Insane asylums in Bengal annual reports 1867-1875 - 1867-1875
Year: 1867
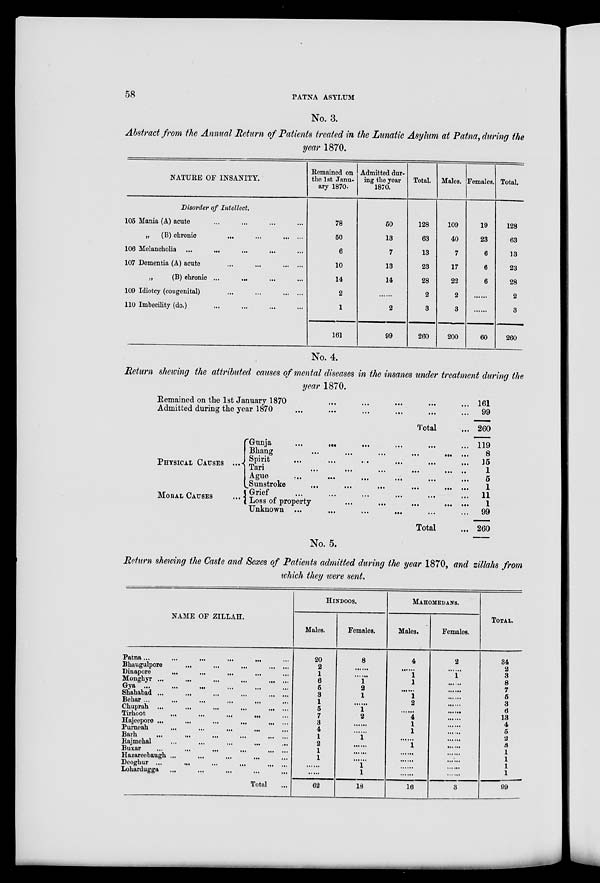
58
PATNA ASYLUM
No. 3.
Abstract from the Annual Return of Patients treated in the Lunatic Asylum at Patna, during the
year 1870.
NATURE OF INSANITY.
Disorder of Intellect.
105 Mania (A) acute ... ... ... ...
„
(B) chronic
...
...
...
...
106 Melancholia ... ... ... ... ...
107 Dementia (A) acute
...
...
...
...
„
(B) chronic ... ... ... ... ...
109 Idiotcy (congenital)
...
...
...
...
110 Imbecility (do.) ... ... ... ...
Remained on
the 1st Janu-
ary 1870.
78
50
6
10
14
2
1
161
Admitted dur-
ing the year
1870.
50
13
7
13
14
......
2
99
Total.
128
63
13
23
28
2
3
260
Males.
109
40
7
17
22
2
3
200
Females.
19
23
6
6
6
.....
......
60
Total.
128
63
13
23
28
2
3
260
No. 4.
Return showing the attributed causes of mental diseases in the insanes under treatment during the
year 1870.
Remained on the 1st January 1870 ... ... ... ... ...
Admitted during the year 1870 ... ... ... ... ...
Total ...
PHYSICAL CAUSES ...
MORAL CAUSES ...
Gunja ... ... ... ... ... ... ...
Bhang
...
...
...
...
...
...
...
Spirit ... ... ... ... ... ... ...
Tari
...
...
...
...
...
...
...
Ague
...
...
...
...
...
...
...
Sunstroke ... ... ... ... ... ... ...
Grief
...
...
...
...
...
...
...
Loss of property ... ... ... ... ... ...
Unknown ... ... ... ... ... ... ...
Total ...
161
99
260
119
8
15
1
5
1
11
1
99
260
No. 5.
Return shewing the Caste and Sexes of Patients admitted during the year 1870, and zillahs from
which they were sent.
NAME OF ZILLAH.
Patna ... ... ... ... ... ... ... ...
Bhaugulpore
...
...
...
...
...
...
...
Dinapore ... ... ... ... ... ... ...
Monghyr ...
...
...
...
...
...
Gya
...
...
...
...
...
...
...
...
...
Shahabad ...
...
...
...
...
...
Behar ... ... ... ... ... ... ... ...
Chuprah
...
...
...
...
...
...
...
...
Tirhoot
...
...
...
...
...
...
...
...
Hajeepore
...
...
...
...
...
...
...
Purneah ... ... ... ... ... ... ... ...
Barh
...
...
...
...
...
...
...
...
Rajmehal ... ... ... ... ... ... ...
Buxar
...
...
...
...
...
...
...
...
Hazareebaugh ... ... ... ... ... ... ...
Deoghur
...
...
...
...
...
...
...
...
Lohardugga ... ... ... ... ... ... ...
Total ...
HINDOOS.
Males.
20
2
1
6
5
3
1
5
7
3
4
1
2
1
1
.......
.......
62
Females.
8
......
......
1
2
1
......
1
2
.......
.......
1
.......
.......
.......
1
1
18
MAHOMEDANS.
Males.
4
.......
1
1
.......
1
2
.......
4
1
1
......
1
.......
.......
.......
.......
16
Females.
2
.......
1
.......
.......
.......
.......
.......
.......
.......
.......
.......
.......
.......
.......
.......
3
TOTAL.
34
2
3
8
7
5
3
6
13
4
5
2
3
1
1
1
1
99